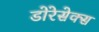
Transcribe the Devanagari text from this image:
डोरेसेक्स